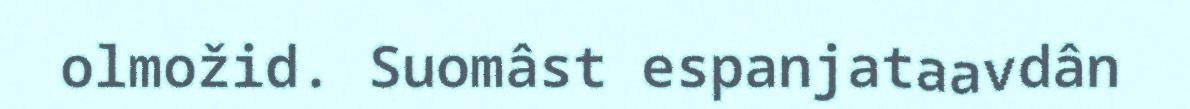
olmožid. Suomâst espanjataavdân